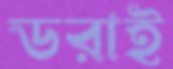
ডরাই